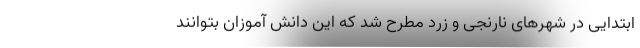
ابتدایی در شهر‌های نارنجی و زرد مطرح شد که این دانش آموزان بتوانند